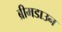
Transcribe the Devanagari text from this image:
ब्रीमडाउन